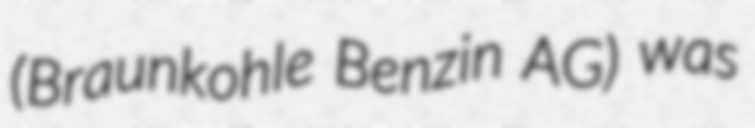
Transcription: (Braunkohle Benzin AG) was